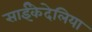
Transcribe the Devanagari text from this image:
साईंकेदेलिया